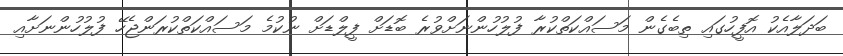
ބަދަލާއެކު އޮފީހުގައި ތިބެގެން މަސައްކަތްކުރާ ފުލުހުންނަށްވުރެ ބޮޑަށް ފީލްޑަށް ނުކުމެ މަސައްކަތްކުރަންޖެހޭ ފުލުހުންނަށާއި